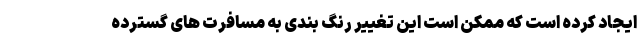
ایجاد کرده است که ممکن است این تغییر رنگ بندی به مسافرت های گسترده